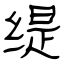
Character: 缇